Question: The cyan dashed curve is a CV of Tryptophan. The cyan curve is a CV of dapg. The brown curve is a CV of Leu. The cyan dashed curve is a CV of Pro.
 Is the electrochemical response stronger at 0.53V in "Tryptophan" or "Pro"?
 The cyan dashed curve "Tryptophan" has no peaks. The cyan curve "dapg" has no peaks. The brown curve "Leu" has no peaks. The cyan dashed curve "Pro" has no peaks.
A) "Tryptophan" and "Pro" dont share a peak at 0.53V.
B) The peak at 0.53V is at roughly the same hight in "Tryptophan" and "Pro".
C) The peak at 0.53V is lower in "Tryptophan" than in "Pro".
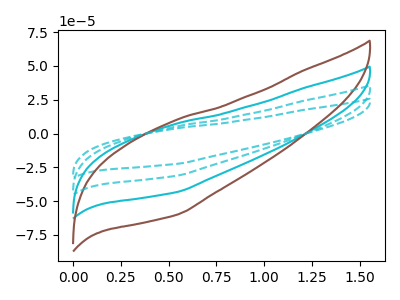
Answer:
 <answer>A) "Tryptophan" and "Pro" dont share a peak at 0.53V.</answer>
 <eval>A</eval>